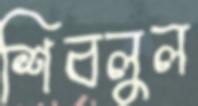
শিবলুল